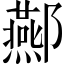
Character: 酀